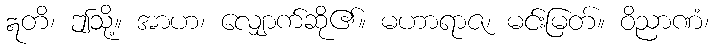
ဣတိ၊ ဤသို့။ အာဟ၊ လျှောက်ဆို၏။ မဟာရာဇ၊ မင်းမြတ်။ ဝိညာဏံ၊